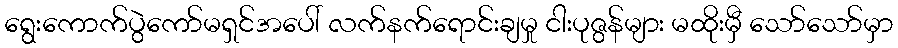
ရွေးကောက်ပွဲကော်မရှင်အပေါ် လက်နက်ရောင်းချမှု ငါးပုဇွန်များ မထိုးမှီ သော်သော်မှာ